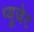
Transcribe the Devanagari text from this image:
प्यूजेट